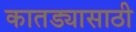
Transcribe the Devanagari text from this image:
कातड्यासाठी